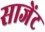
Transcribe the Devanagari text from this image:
साजेंट